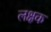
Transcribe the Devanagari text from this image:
लक्षक